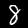
Digit: 8